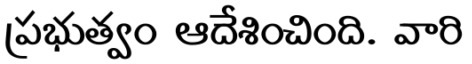
ప్రభుత్వం ఆదేశించింది. వారి